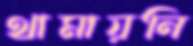
থামায়নি